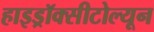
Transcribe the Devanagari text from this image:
हाइड्रॉक्सीटोल्यून